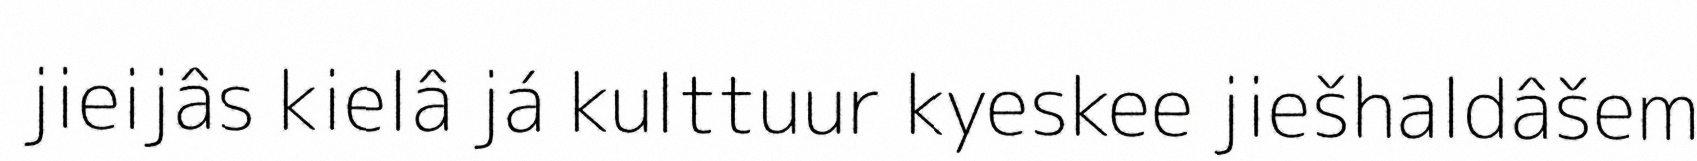
jieijâs kielâ já kulttuur kyeskee jiešhaldâšem